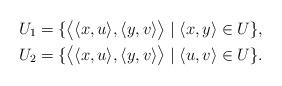
LaTeX: \begin{align*} U_{1} & = \{\bigl\langle\langle x, u\rangle, \langle y, v\rangle\bigr\rangle\mid \langle x, y\rangle\in U\},\\ U_{2} & = \{\bigl\langle\langle x, u\rangle, \langle y, v\rangle\bigr\rangle\mid \langle u, v\rangle\in U\}. \end{align*}